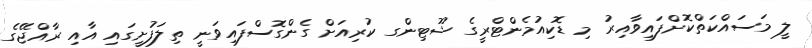
ލީ މަސައްކަތްކޮށްފައިވާއިރު މި ޑޮކިއުމެންޓްރީގެ ޝޫޓިންގ ކުރިއަށް ގެންގޮސްފައިވަނީ ތިލަފުށީގައި އާއި ރާއްޖޭގެ